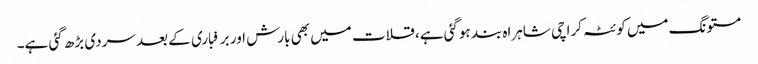
مستونگ میں کوئٹہ کراچی شاہراہ بند ہوگئی ہے، قلات میں بھی بارش اور برفباری کے بعد سردی بڑھ گئی ہے۔